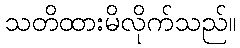
သတိထားမိလိုက်သည်။